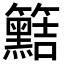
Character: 𥷫